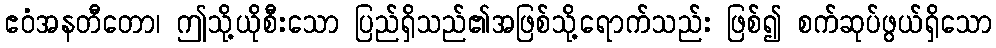
ဧဝံအနတီတော၊ ဤသို့ယိုစီးသော ပြည်ရှိသည်၏အဖြစ်သို့ရောက်သည်း ဖြစ်၍ စက်ဆုပ်ဖွယ်ရှိသော